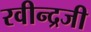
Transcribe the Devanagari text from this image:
रवीन्द्रजी